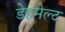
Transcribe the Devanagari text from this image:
डेहमेल्ट